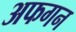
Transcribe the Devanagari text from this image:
अफगन